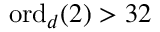
\mathrm { o r d } _ { d } ( 2 ) > 3 2